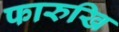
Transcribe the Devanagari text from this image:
फारुखि